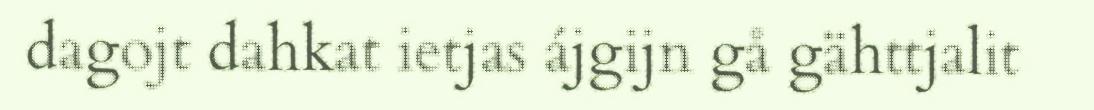
dagojt dahkat ietjas ájgijn gå gähttjalit